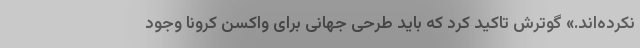
نکرده‌اند.» گوترش تاکید کرد که باید طرحی جهانی برای واکسن کرونا وجود